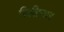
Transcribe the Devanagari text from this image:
सिलिन्डर